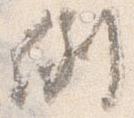
例